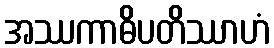
အဿကာဓိပတိဿာဟံ